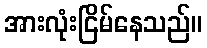
အားလုံးငြိမ်နေသည်။